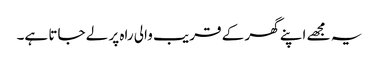
یہ مجھے اپنے گھر کے قریب والی راہ پر لے جاتا ہے۔